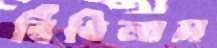
বিঁধিলাম